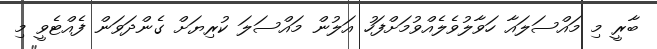
ބާރީ މި މައްސަލައާ ހަވާލުވެލެއްވުމަށްފަހު އަލުން މައްސަލަ ކުރިޔަށް ގެންދަވަން ފެއްޓެވީ މި